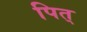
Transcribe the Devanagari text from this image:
पित्